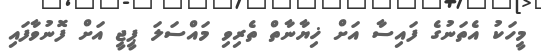
މީހަކު އެތަނުގެ ފައިސާ އަށް ޚިޔާނާތް ތެރިވި މައްސަލަ ޕީޖީ އަށް ފޮނުވާފައި